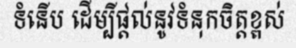
ទំនើប ដើម្បីផ្តល់នូវទំនុកចិត្តខ្ពស់